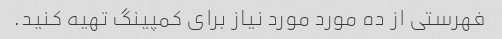
فهرستی از ده مورد مورد نیاز برای کمپینگ تهیه کنید.